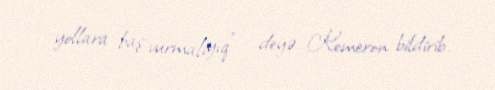
yollara baş vurmalıyıq” – deyə Kemeron bildirib.